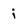
Character: i